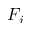
F _ { i }